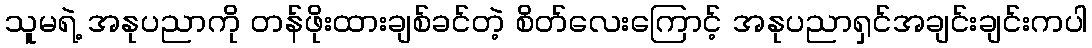
သူမရဲ့ အနုပညာကို တန်ဖိုးထားချစ်ခင်တဲ့ စိတ်လေးကြောင့် အနုပညာရှင်အချင်းချင်းကပါ